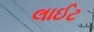
લાઈટ